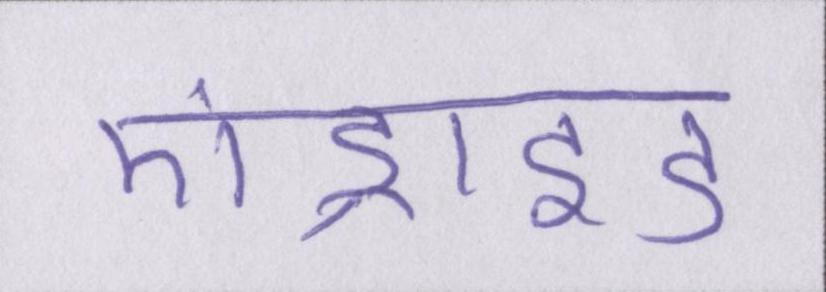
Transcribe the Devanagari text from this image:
एंड्राइड